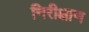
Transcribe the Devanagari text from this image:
निरीक्षाण